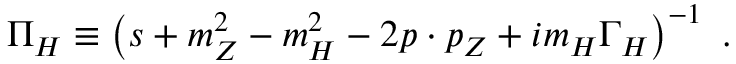
\Pi _ { \cal H } \equiv \left( s + m _ { Z } ^ { 2 } - m _ { \cal H } ^ { 2 } - 2 p \cdot p _ { Z } + i m _ { \cal H } \Gamma _ { \cal H } \right) ^ { - 1 } ~ .